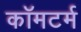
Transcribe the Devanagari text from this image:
कॉमटर्म